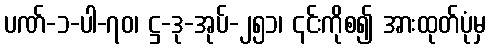
ပဏ်-၁-ပါ-၇၀၊ ဋ္ဌ-ဒု-အုပ်-၂၅၁၊ ၎င်းကိုစ၍ အားထုတ်ပုံမှ